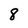
Character: 8